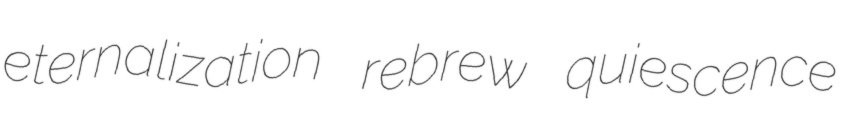
eternalization rebrew quiescence